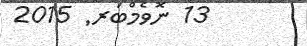
13 ނޮވެމްބަރ